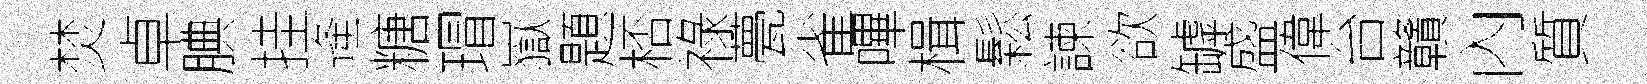
焚卓腆挂逄糖瑁嶽題桮祿甍雀嗶楫鬆諫欲罅盛偉台贛內質